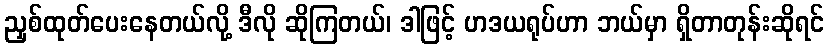
ညှစ်ထုတ်ပေးနေတယ်လို့ ဒီလို ဆိုကြတယ်၊ ဒါဖြင့် ဟဒယရုပ်ဟာ ဘယ်မှာ ရှိတာတုန်းဆိုရင်